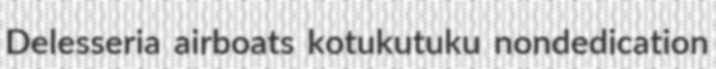
Delesseria airboats kotukutuku nondedication